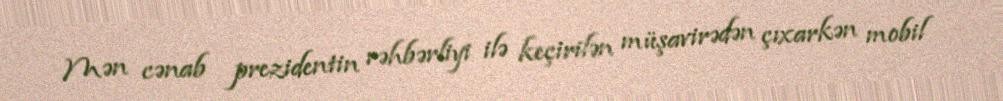
Mən cənab prezidentin rəhbərliyi ilə keçirilən müşavirədən çıxarkən mobil